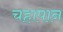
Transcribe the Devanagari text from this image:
चहापान